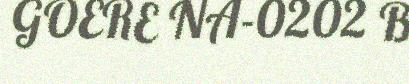
GOERE NA-0202 B